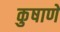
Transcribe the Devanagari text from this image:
कुषाणे